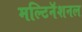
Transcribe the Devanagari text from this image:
मल्टिनॅशनल